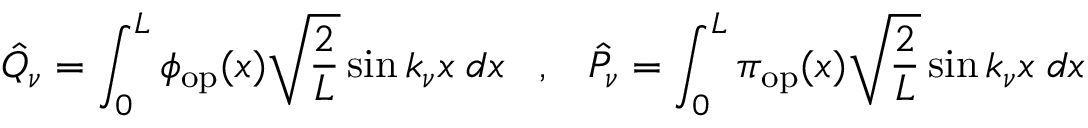
\hat { Q } _ { \nu } = \int _ { 0 } ^ { L } \phi _ { \mathrm { o p } } ( x ) \sqrt { \frac { 2 } { L } } \sin k _ { \nu } x \; d x \; \; \; , \; \; \; \hat { P } _ { \nu } = \int _ { 0 } ^ { L } \pi _ { \mathrm { o p } } ( x ) \sqrt { \frac { 2 } { L } } \sin k _ { \nu } x \; d x